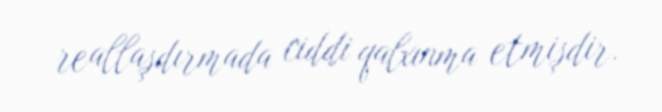
reallaşdırmada ciddi qalxınma etmişdir.